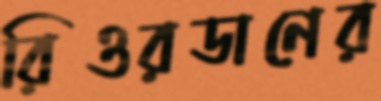
রিওরডানের